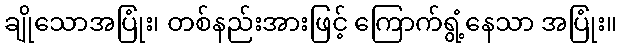
ချိုသောအပြုံး၊ တစ်နည်းအားဖြင့် ကြောက်ရွံ့နေသာ အပြုံး။